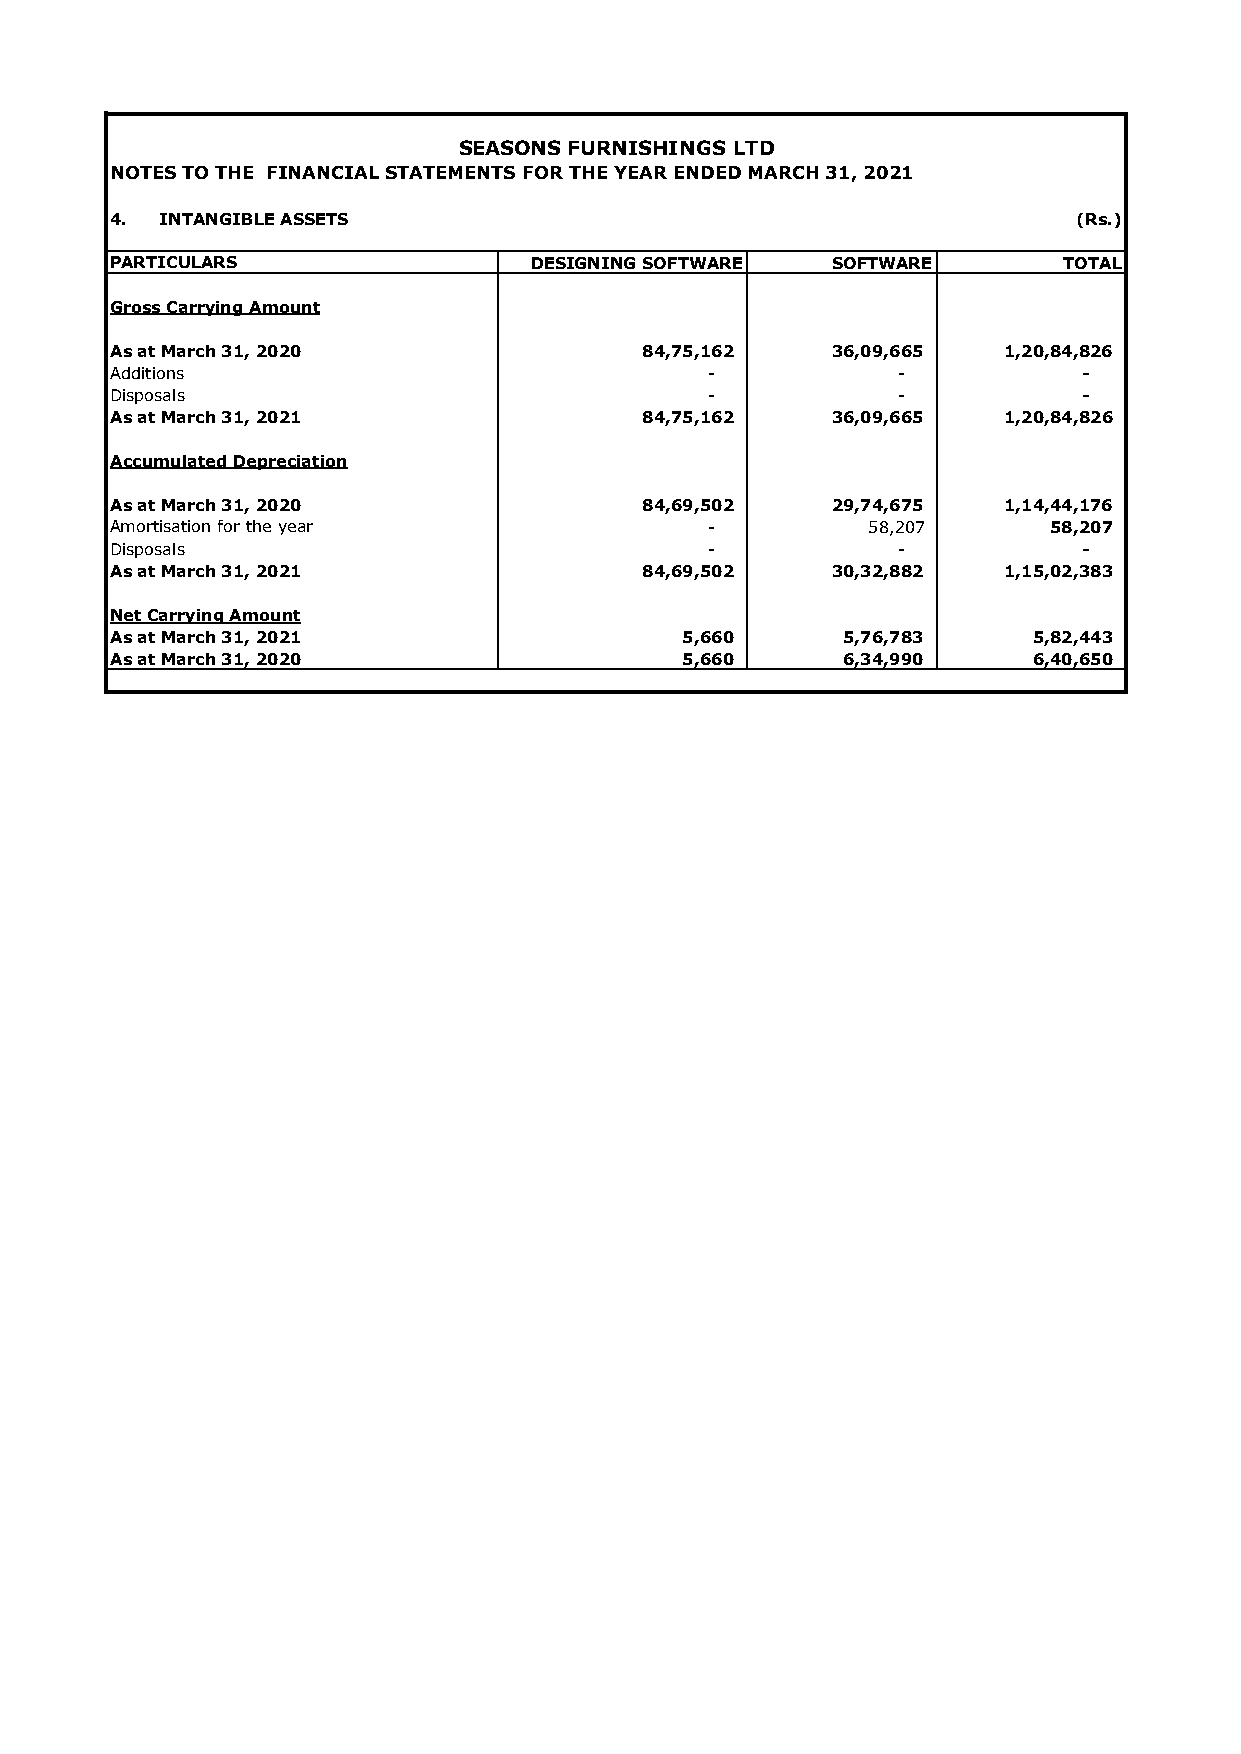
SEASONS FURNISHINGS LTD
 NOTES TO THE FINANCIAL STATEMENTS FOR THE YEAR ENDED MARCH 31, 2021
 4.  INTANGIBLE ASSETS                                           (Rs.)
 PARTICULARS                 DESIGNING SOFTWARE  SOFTWARE       TOTAL
 Gross Carrying Amount
 As at March 31, 2020               84,75,162    36,09,665  1,20,84,826
 Additions                               -           -            -
 Disposals                               -           -            -
 As at March 31, 2021               84,75,162    3 6,09,665 1,20,84,826
 Accumulated Depreciation
 As at March 31, 2020               84,69,502    29,74,675  1,14,44,176
 Amortisation for the year               -         58,207      5 8,207
 Disposals                               -           -            -
 As at March 31, 2021               84,69,502    30,32,882  1,15,02,383
 Net Carrying Amount
 As at March 31, 2021                  5,660      5,76,783    5 ,82,443
 As at March 31, 2020                  5,660      6,34,990    6 ,40,650